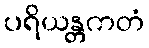
ပရိယန္တကတံ